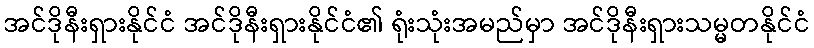
အင်ဒိုနီးရှားနိုင်ငံ အင်ဒိုနီးရှားနိုင်ငံ၏ ရုံးသုံးအမည်မှာ အင်ဒိုနီးရှားသမ္မတနိုင်ငံ